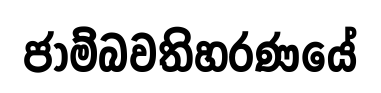
ජාම්බවතිහරණයේ